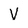
Character: V